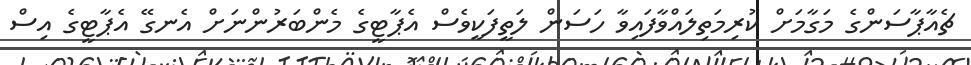
ޗެއާޕާސަންގެ މަގާމަށް ކުރިމަތިލައްވާފައިވާ ހަސަން ލަތީފަކީވެސް އެޕާޓީގެ މެންބަރުންނަށް އެނގޭ އެޕާޓީގެ އިސް